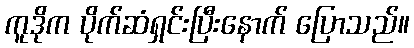
ကူဒိုက ပိုက်ဆံရှင်းပြီးနောက် ပြောသည်။